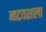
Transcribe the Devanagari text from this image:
नाटयशाला